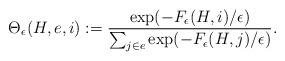
LaTeX: \begin{align*} \Theta_\epsilon(H, e, i) := \frac{\exp ( - F_\epsilon(H, i) / \epsilon)}{\sum_{j \in e} \exp (- F_\epsilon(H, j) / \epsilon)}.\end{align*}